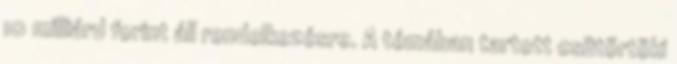
10 milliárd forint áll rendelkezésre. A témában tartott csütörtöki